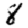
Digit: 8